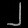
Digit: ၂